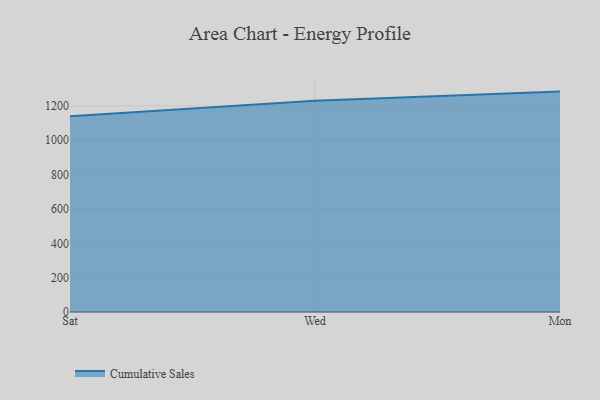
{"axis": {"x": "Day", "y": "Temperature (°C)"}, "legend": ["Cumulative Sales"], "data": [{"x": "Sat", "y": 1140.5, "type": "Cumulative Sales"}, {"x": "Wed", "y": 1230.2, "type": "Cumulative Sales"}, {"x": "Mon", "y": 1283.4, "type": "Cumulative Sales"}]}